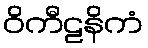
ဝိကီဠနိကံ